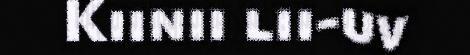
Kiinii lii-uv